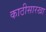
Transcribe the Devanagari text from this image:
काठीसारखा